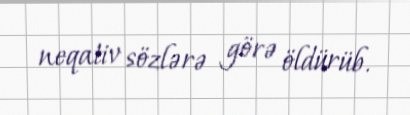
neqativ sözlərə görə öldürüb.